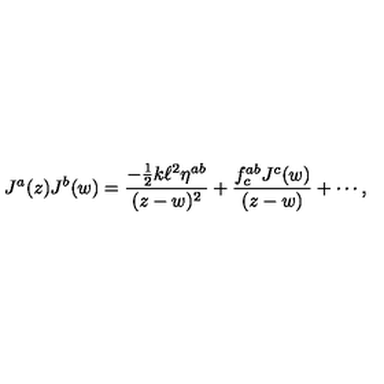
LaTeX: J ^ { a } ( z ) J ^ { b } ( w ) = \frac { - \frac { 1 } { 2 } k \ell ^ { 2 } \eta ^ { a b } } { ( z - w ) ^ { 2 } } + \frac { f _ { c } ^ { a b } J ^ { c } ( w ) } { ( z - w ) } + \cdots ,